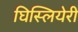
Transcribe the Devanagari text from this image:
घिस्लियेरी